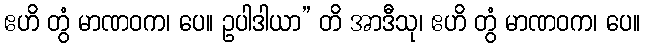
ဧဟိ တွံ မာဏဝက၊ ပေ။ ဥပါဒါယာ” တိ အာဒီသု၊ ဧဟိ တွံ မာဏဝက၊ ပေ။